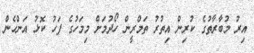
އިރު މުބާރާތުގެ ކުރިން އިތުރު ތަމްރީން ހޯދުމަށް މިމަހުގެ ފަހު ކޮޅު އަންހެން